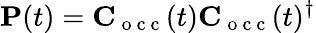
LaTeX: \mathbf P(t)=\mathbf C_{\mathrm{~o~c~c~}}(t)\mathbf C_{\mathrm{~o~c~c~}}(t)^{\dagger}